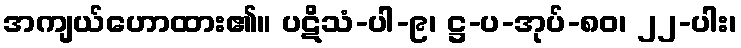
အကျယ်ဟောထား၏။ ပဋိသံ-ပါ-၉၊ ဋ္ဌ-ပ-အုပ်-၈၀၊ ၂၂-ပါး၊